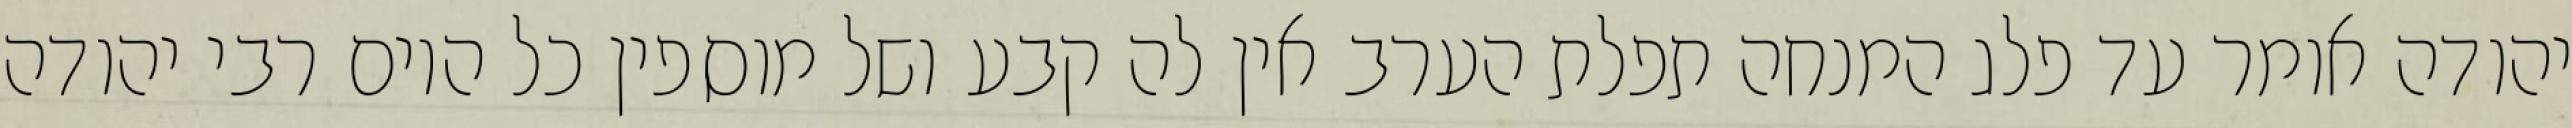
יהודה אומר עד פלג המנחה תפלת הערב אין לה קבע ושל מוספין כל היום רבי יהודה